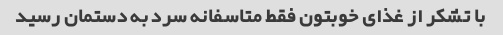
با تشکر از غذای خوبتون فقط متاسفانه سرد به دستمان رسید